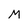
Character: M